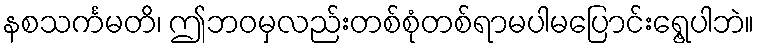
နစသင်္ကမတိ၊ ဤဘဝမှလည်းတစ်စုံတစ်ရာမပါမပြောင်းရွေ့ပါဘဲ။